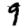
Digit: 9